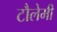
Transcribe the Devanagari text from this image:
टौलेमी